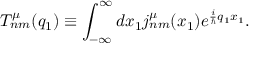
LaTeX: T _ { n m } ^ { \mu } ( q _ { 1 } ) \equiv \int _ { - \infty } ^ { \infty } d x _ { 1 } j _ { n m } ^ { \mu } ( x _ { 1 } ) e ^ { \frac { i } { \hbar } q _ { 1 } x _ { 1 } } .